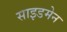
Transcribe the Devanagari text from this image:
साइडमेन